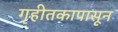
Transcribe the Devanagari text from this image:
गृहीतकापासून